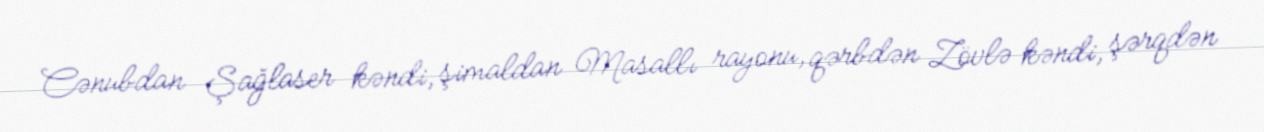
Cənubdan Şağlaser kəndi, şimaldan Masallı rayonu, qərbdən Zövlə kəndi, şərqdən